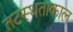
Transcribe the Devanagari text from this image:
तटस्थताकाल